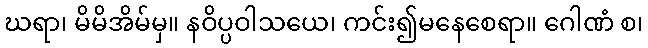
ဃရာ၊ မိမိအိမ်မှ။ နဝိပ္ပဝါသယေ၊ ကင်း၍မနေစေရာ။ ဂေါဏံ စ၊